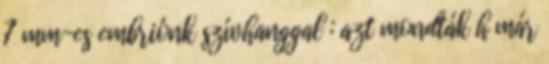
7 mm-es embriónk szívhanggal : azt mondták h már